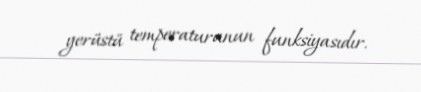
yerüstü temperaturunun funksiyasıdır.